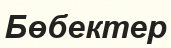
Бөбектер